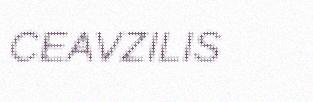
CEAVZILIS